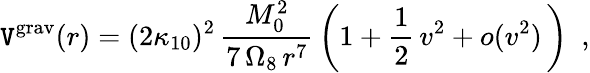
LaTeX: \mathtt{V}^{\mathrm{{grav}}}(r)=(2\kappa_{10})^{2}\, {\frac{{M_{0}^{2}}}{{7\, \Omega_{8}\, r^{7}}}}\left(1+\frac{{1}}{{2}}\, v^{2}+o(v^{2})\, \right)~~,